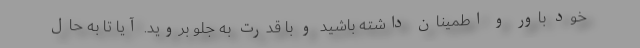
خود باور و اطمینان داشته باشید و با قدرت به جلو بروید. آیا تا به حال